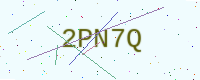
Text: 2PN7Q